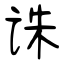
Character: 诛